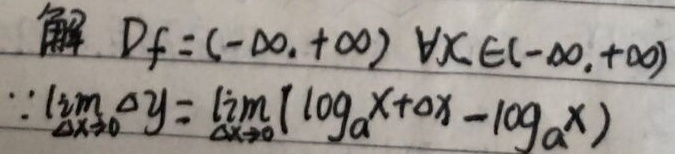
解：\(D_{f}=(-\infty,+\infty)\)，\(\forall x\in(-\infty,+\infty)\)。
\(\because\lim_{\Delta x\rightarrow0}\Delta y=\lim_{\Delta x\rightarrow0}(\log_{a}(x + \Delta x)-\log_{a}x)\)